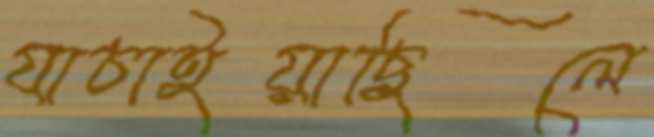
যাচাইয়াছিলে